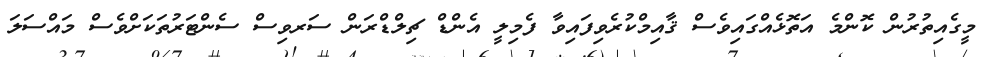
މީގެއިތުރުން ކޮންމެ އަތޮޅެއްގައިވެސް ޤާއިމްކުރެވިފައިވާ ފެމިލީ އެންޑް ޗިލްޑްރަން ސަރވިސް ސެންޓަރުތަކަށްވެސް މައްސަލަ